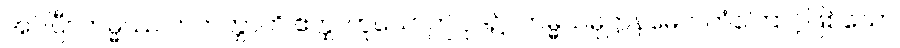
အပ်ပြီ။ ကမ္မဿ ကတတ္တာတိ ဧတ္ထ၊ ဟူသောဤပုဒ်၌။ ကမ္မသမုဋ္ဌာနမေဝ၊ ကံကြောင့်ဖြစ်သော